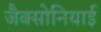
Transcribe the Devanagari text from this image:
जैक्सोनियाई